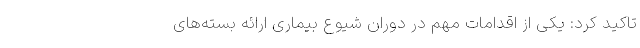
تاکید کرد: یکی از اقدامات مهم در دوران شیوع بیماری ارائه بسته‌های